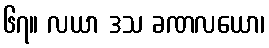
၆၇။ လယာ ဒသ ခဏလယော၊